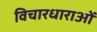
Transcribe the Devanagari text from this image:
विचारधाराओंं